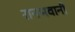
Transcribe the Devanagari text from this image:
रानभवानी